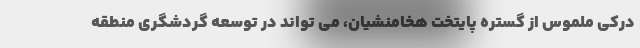
درکی ملموس از گستره پایتخت هخامنشیان، می تواند در توسعه گردشگری منطقه